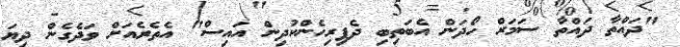
"ދައްތާ ދައްތާ ސަމަރް ހޯދަން އެބަތިބި ދެފިރިހެންކުދިން އައިސް" އެތެރެއަށް ވަދެގެން ދިޔަ